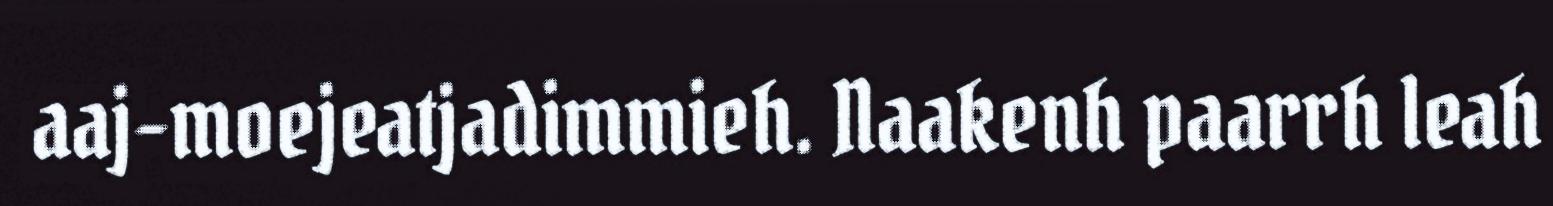
aaj-moejeatjadimmieh. Naakenh paarrh leah